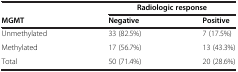
<table><thead><tr><td><b> </b></td><td colspan="2"><b>Radiologic response</b></td></tr><tr><td><b>MGMT</b></td><td><b>Negative</b></td><td><b>Positive</b></td></tr></thead><tbody><tr><td>Unmethylated</td><td>33 (82.5%)</td><td>7 (17.5%)</td></tr><tr><td>Methylated</td><td>17 (56.7%)</td><td>13 (43.3%)</td></tr><tr><td>Total</td><td>50 (71.4%)</td><td>20 (28.6%)</td></tr></tbody></table>